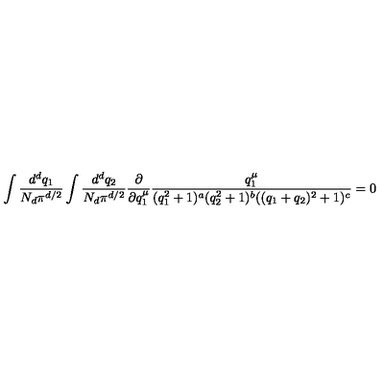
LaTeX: \int \frac { d ^ { d } q _ { 1 } } { N _ { d } \pi ^ { d / 2 } } \int \frac { d ^ { d } q _ { 2 } } { N _ { d } \pi ^ { d / 2 } } \frac { \partial } { \partial q _ { 1 } ^ { \mu } } \frac { q _ { 1 } ^ { \mu } } { ( q _ { 1 } ^ { 2 } + 1 ) ^ { a } ( q _ { 2 } ^ { 2 } + 1 ) ^ { b } ( ( q _ { 1 } + q _ { 2 } ) ^ { 2 } + 1 ) ^ { c } } = 0